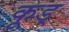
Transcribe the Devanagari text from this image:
कूड्